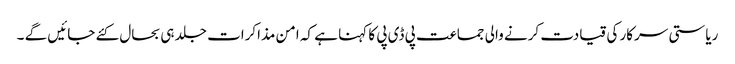
ریاستی سرکار کی قیادت کرنے والی جماعت پی ڈی پی کا کہنا ہے کہ امن مذاکرات جلد ہی بحال کئے جائیں گے ۔